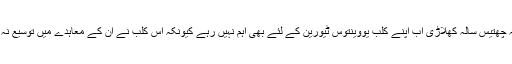
اس کی وجہ یہ ہے کہ یہ چھتیس سالہ کھلاڑی اب اپنے کلب یووینتوس ٹیورین کے لئے بھی اہم نہیں رہے کیونکہ اس کلب نے ان کے معاہدے میں توسیع نہ کرنے کا فیصلہ کیا ہے۔